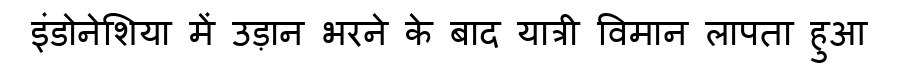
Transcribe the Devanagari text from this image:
इंडोनेशिया में उड़ान भरने के बाद यात्री विमान लापता हुआ